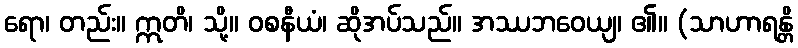
ရော၊ တည်း။ ဣတိ၊ သို့။ ဝစနီယံ၊ ဆိုအပ်သည်။ အဿဘဝေယျ၊ ၏။ (သာဟာရန္တိ